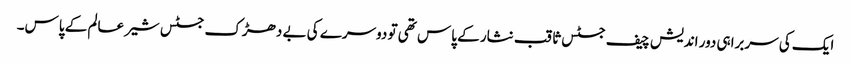
ایک کی سربراہی دور اندیش چیف جسٹس ثاقب نثار کے پاس تھی تو دوسرے کی بے دھڑک جسٹس شیر عالم کے پاس۔